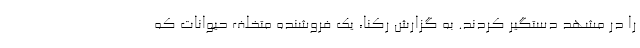
را در مشهد دستگیر کردند. به گزارش رکنا، یک فروشنده متخلف حیوانات که